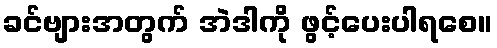
ခင်ဗျားအတွက် အဲဒါကို ဖွင့်ပေးပါရစေ။